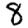
Digit: 8